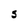
Character: S